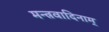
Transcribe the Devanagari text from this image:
मन्त्रवादिनाम्